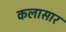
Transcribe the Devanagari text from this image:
कलासार